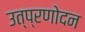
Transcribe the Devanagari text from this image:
उत्प्रणोदन